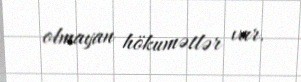
olmayan hökumətlər var.